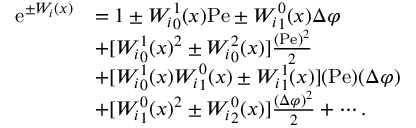
\begin{array} { r l } { \mathrm { e } ^ { \pm W _ { i } ( x ) } } & { = 1 \pm { W _ { i } } _ { 0 } ^ { 1 } ( x ) \mathrm { P e } \pm { W _ { i } } _ { 1 } ^ { 0 } ( x ) \Delta \varphi } \\ & { + [ { W _ { i } } _ { 0 } ^ { 1 } ( x ) ^ { 2 } \pm { W _ { i } } _ { 0 } ^ { 2 } ( x ) ] \frac { ( \mathrm { P e } ) ^ { 2 } } { 2 } } \\ & { + [ { W _ { i } } _ { 0 } ^ { 1 } ( x ) { W _ { i } } _ { 1 } ^ { 0 } ( x ) \pm { W _ { i } } _ { 1 } ^ { 1 } ( x ) ] ( \mathrm { P e } ) ( \Delta \varphi ) } \\ & { + [ { W _ { i } } _ { 1 } ^ { 0 } ( x ) ^ { 2 } \pm { W _ { i } } _ { 2 } ^ { 0 } ( x ) ] \frac { ( \Delta \varphi ) ^ { 2 } } { 2 } + \cdots . } \end{array}